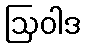
ဩဝါဒ